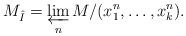
\begin{align*}M_{\hat I} = \varprojlim_n M/(x_1^n, \dots, x_k^n).\end{align*}